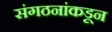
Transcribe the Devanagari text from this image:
संगठनांकडून